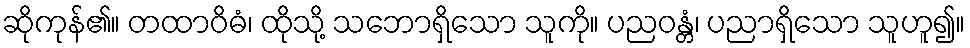
ဆိုကုန်၏။ တထာဝိဓံ၊ ထိုသို့ သဘောရှိသော သူကို။ ပညဝန္တံ၊ ပညာရှိသော သူဟူ၍။